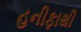
હનીફાથી